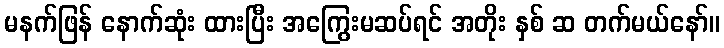
မနက်ဖြန် နောက်ဆုံး ထားပြီး အကြွေးမဆပ်ရင် အတိုး နှစ် ဆ တက်မယ်နော်။